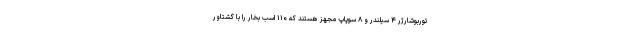
توربوشارژر ۴ سیلندر و ۸ سوپاپ مجهز هستند که ۱۱۰ اسب بخار را با گشتاور